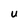
Character: U